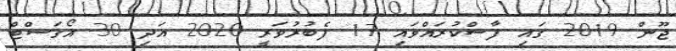
ޖޫން 2019 ގައި ފާސްކުރައްވައި 17 ފެބުރުވަރީ 2020 އަދި 30 އޯގަސްޓް